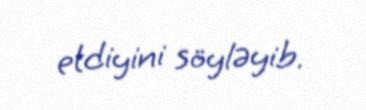
etdiyini söyləyib.